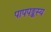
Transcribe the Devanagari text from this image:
पापपङ्कस्य